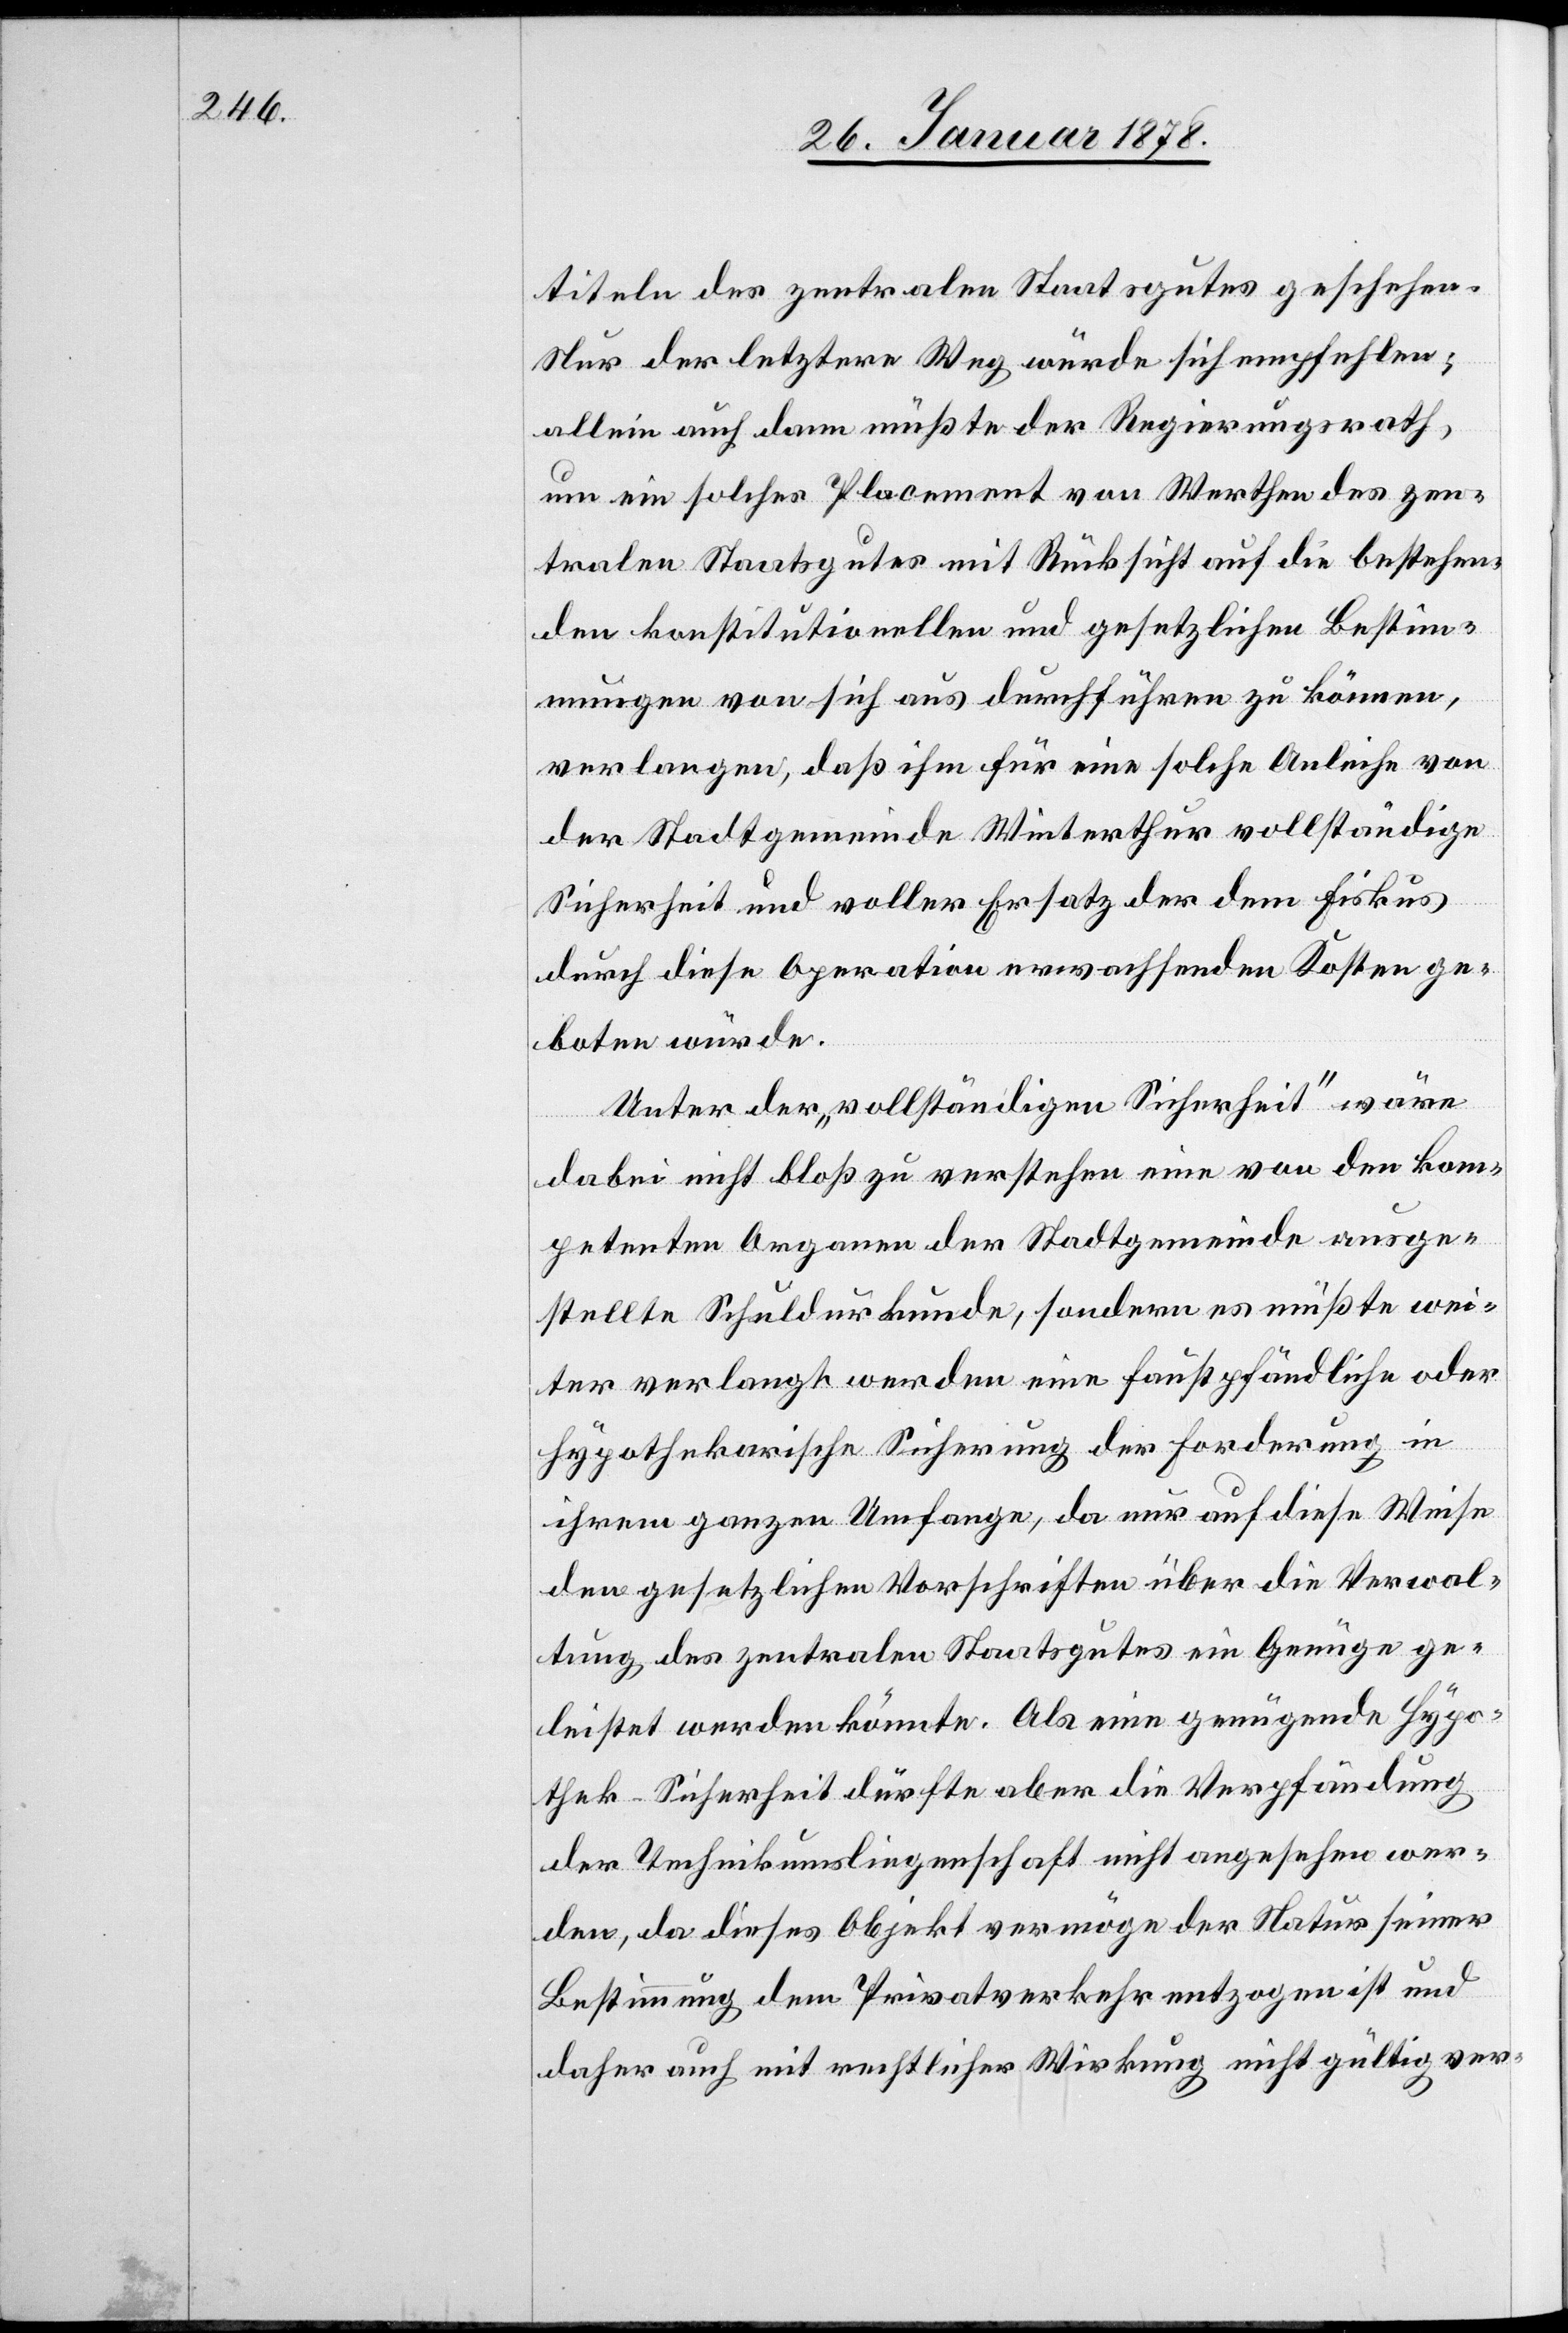
titeln des zentralen Staatsgutes geschehen.
Nur der letztere Weg würde sich empfehlen;
allein auch dann müßte der Regierungsrath,
um ein solches Placement von Werthen des zen¬
tralen Staatsgutes mit Rücksicht auf die bestehen¬
den konstitutionellen und gesetzlichen Bestim¬
mungen von sich aus durchführen zu können,
verlangen, das ihm für eine solche Anleihe von
der Stadtgemeinde Winterthur vollständige
Sicherheit und voller Ersatz der dem Fiskus
durch diese Operation erwachsenden Kosten ge¬
boten würde.
Unter der „vollständigen Sicherheit“ wäre
dabei nicht bloß zu verstehen eine von den kom¬
petenten Organen der Stadtgemeinde ausge¬
stellte Schuldurkunde, sondern es müßte wei¬
ter verlangt werden eine faustpfändliche oder
hypothekarische Sicherung der Forderung in
ihrem ganzen Umfange, da nur auf diese Weise
den gesetzlichen Vorschriften über die Verwal¬
tung des zentralen Staatsgutes ein Genüge ge¬
leistet werden könnte. Als eine genügende Hypo¬
thek-Sicherheit dürfte aber die Verpfändung
der Technikumsliegenschaft nicht angesehen wer¬
den, da dieses Objekt vermöge der Natur seiner
Bestimmung dem Privatverkehr entzogen ist und
daher auch mit rechtlicher Wirkung nicht gültig ver-